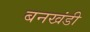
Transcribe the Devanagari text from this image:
बनखंडी